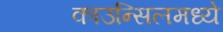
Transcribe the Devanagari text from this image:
काउन्सिलमध्ये